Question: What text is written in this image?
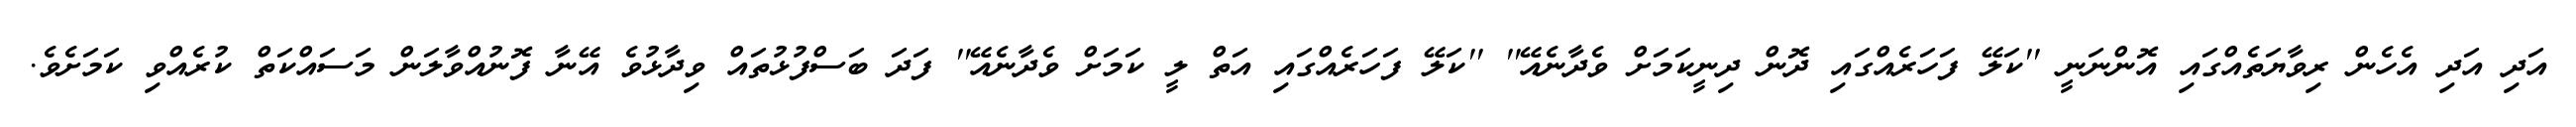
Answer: އަދި އަދި އެހެން ރިވާޔަތެއްގައި އޮންނަނީ ''ކަލޭ ފަހަރެއްގައި ދޮން ދިނީކަމަށް ވެދާނެއޭ'' ''ކަލޭ ފަހަރެއްގައި އަތް ލީ ކަމަށް ވެދާނެއޭ'' ފަދަ ބަސްފުޅުތައް ވިދާޅުވެ އޭނާ ފޮނުއްވާލަން މަސައްކަތް ކުރެއްވި ކަމަށެވެ.